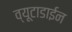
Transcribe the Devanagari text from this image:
व्यूटाडाईन